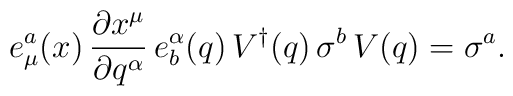
e^a_\mu (x)\, \frac{\partial x^\mu}{\partial q^\alpha}\, e^\alpha_b (q) \,    V^\dagger (q) \, \sigma^b\, V (q) = \sigma^a.